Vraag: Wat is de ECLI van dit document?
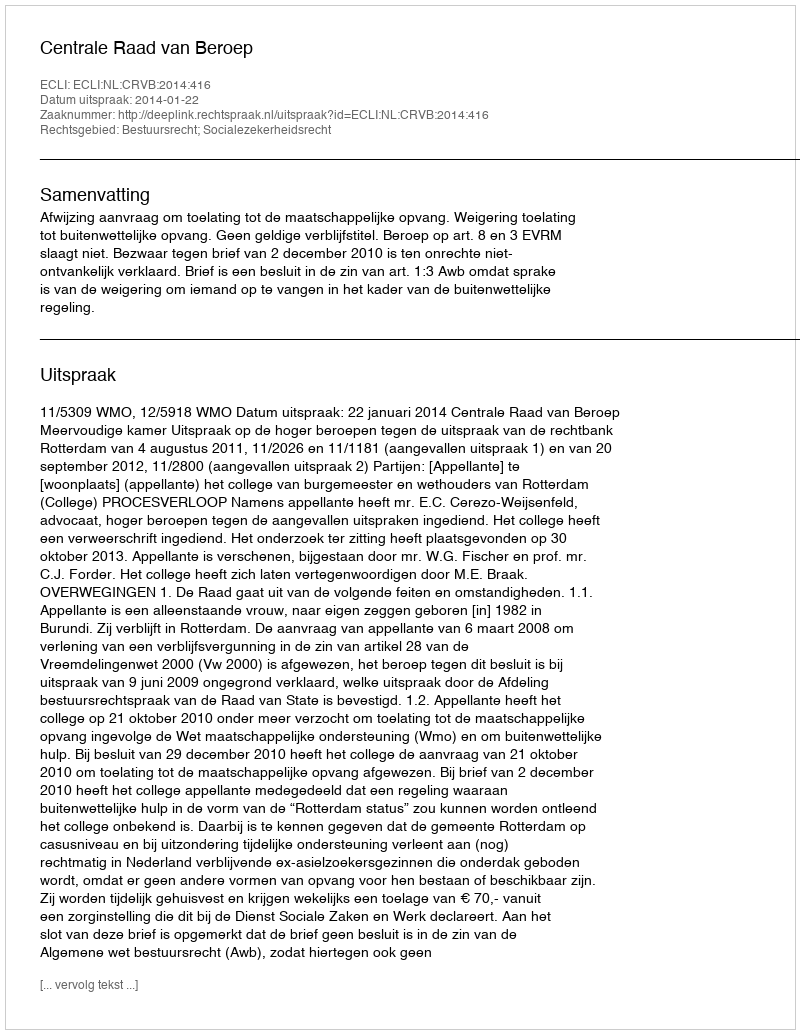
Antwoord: ECLI:NL:CRVB:2014:416